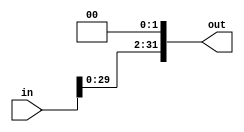
module Shift_Left (
	input [31:0] in,
	output [31:0] out
);
	assign out = (in << 2);
endmodule